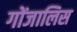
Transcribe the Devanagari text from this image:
गोंजालिस